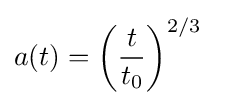
a(t)=\left({\frac {t}{t_{0}}}\right)^{2/3}~